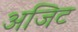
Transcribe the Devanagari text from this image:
अजिट